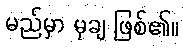
မည်မှာ မုချ ဖြစ်၏။